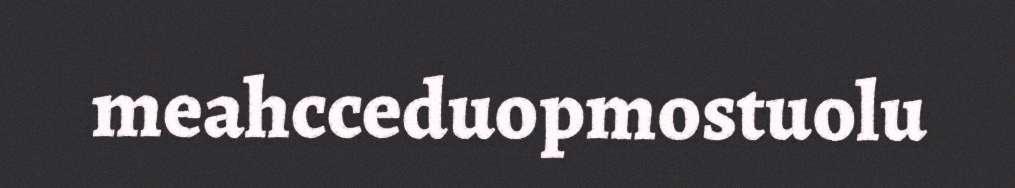
meahcceduopmostuolu